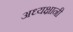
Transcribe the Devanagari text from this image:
अध्यक्षानी